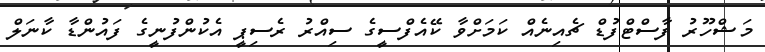
މަޝްހޫރު ފާސްޓްފުޑް ޗެއިނެއް ކަމަށްވާ ކޭއެފްސީގެ ސިއްރު ރެސިޕީ އެކުންފުނީގެ ފައުންޑާ ކާނަލް